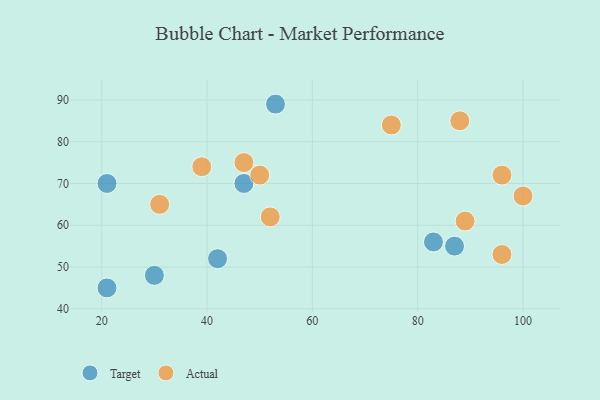
{"axis": {"x": "GDP", "y": "Life Expectancy"}, "legend": ["Actual", "Target"], "data": [{"x": "42", "y": 52, "type": "Target"}, {"x": "83", "y": 56, "type": "Target"}, {"x": "21", "y": 45, "type": "Target"}, {"x": "47", "y": 70, "type": "Target"}, {"x": "87", "y": 55, "type": "Target"}, {"x": "53", "y": 89, "type": "Target"}, {"x": "21", "y": 70, "type": "Target"}, {"x": "30", "y": 48, "type": "Target"}, {"x": "52", "y": 62, "type": "Actual"}, {"x": "88", "y": 85, "type": "Actual"}, {"x": "96", "y": 53, "type": "Actual"}, {"x": "100", "y": 67, "type": "Actual"}, {"x": "89", "y": 61, "type": "Actual"}, {"x": "47", "y": 75, "type": "Actual"}, {"x": "50", "y": 72, "type": "Actual"}, {"x": "75", "y": 84, "type": "Actual"}, {"x": "96", "y": 72, "type": "Actual"}, {"x": "31", "y": 65, "type": "Actual"}, {"x": "39", "y": 74, "type": "Actual"}]}